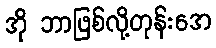
အို ဘာဖြစ်လို့တုန်းအေ